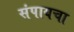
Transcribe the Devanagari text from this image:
संपायचा